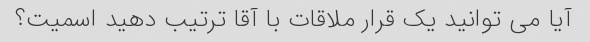
آیا می توانید یک قرار ملاقات با آقا ترتیب دهید اسمیت؟